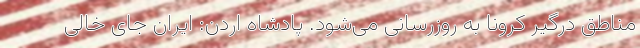
مناطق درگیر کرونا به روزرسانی می‌شود. پادشاه اردن: ایران جای خالی